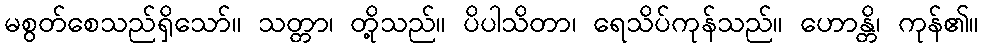
မစွတ်စေသည်ရှိသော်။ သတ္တာ၊ တို့သည်။ ပိပါသိတာ၊ ရေသိပ်ကုန်သည်။ ဟောန္တိ၊ ကုန်၏။